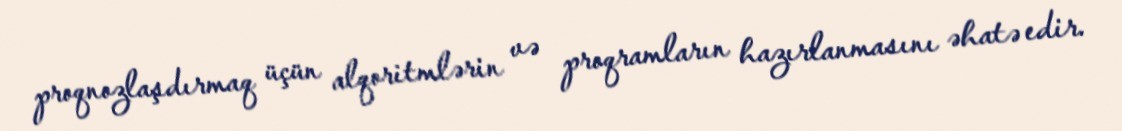
proqnozlaşdırmaq üçün alqoritmlərin və proqramların hazırlanmasını əhatə edir.